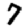
Digit: 7